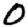
Digit: 0